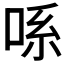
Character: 𫪈